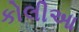
કોલીઆ